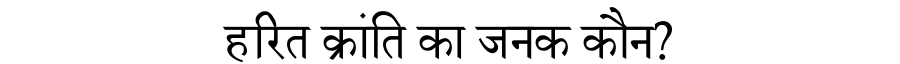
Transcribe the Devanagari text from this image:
हरित क्रांति का जनक कौन?